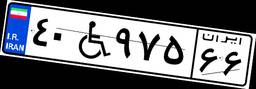
۵۷W۴۱۱۵۳